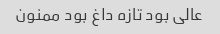
عالی بود تازه داغ بود ممنون